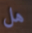
هل